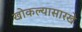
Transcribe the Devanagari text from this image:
खोकल्यासारखे